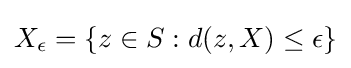
{\textstyle X_{\epsilon }=\{z\in S:d(z,X)\leq \epsilon \}}